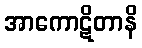
အာကောဋိတာနိ